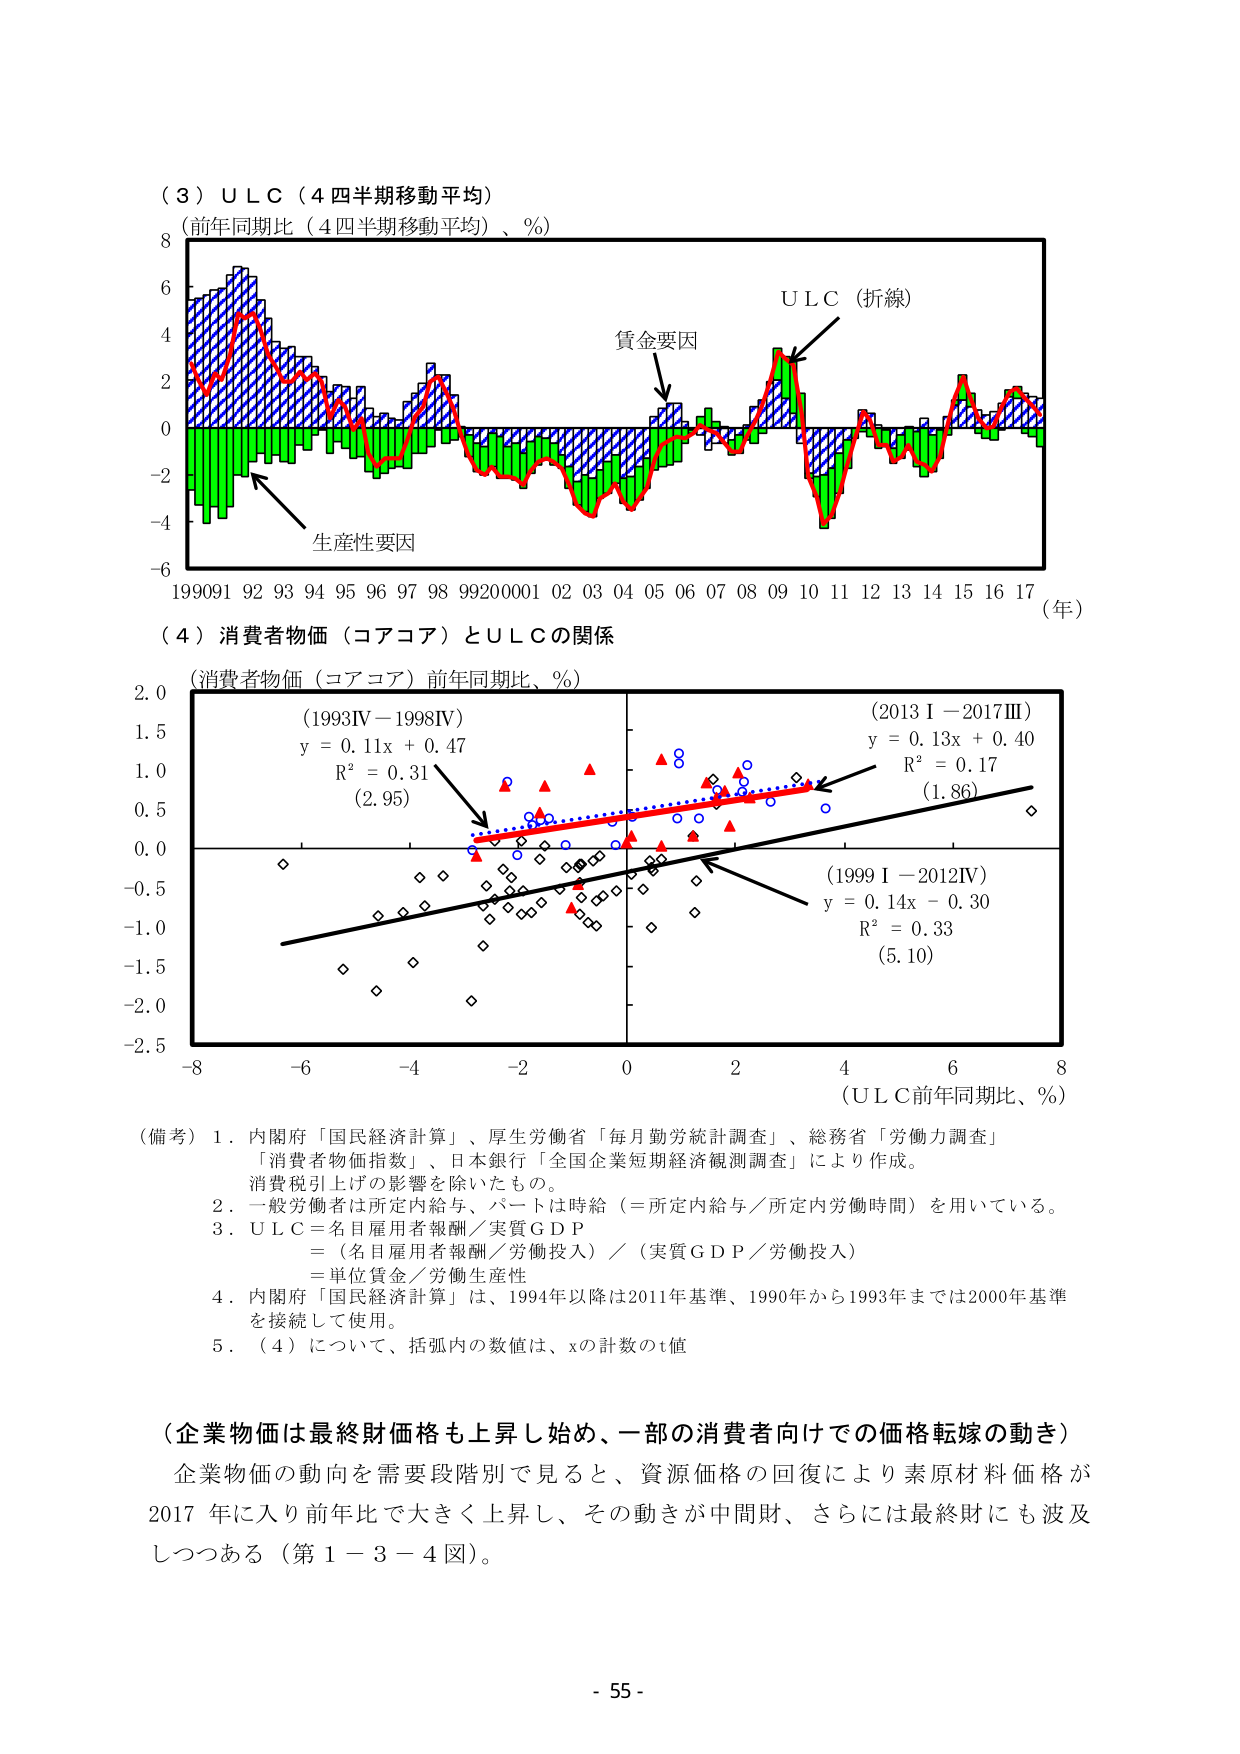
（３）ＵＬＣ（４四半期移動平均）
（前年同期比（４四半期移動平均）、％）

ＵＬＣ（折線）
賃金要因
生産性要因

1990 91 92 93 94 95 96 97 98 99 2000 01 02 03 04 05 06 07 08 09 10 11 12 13 14 15 16 17 （年）

（４）消費者物価（コアコア）とＵＬＣの関係
（消費者物価（コアコア）前年同期比、％）

（1993IV－1998IV）
y = 0.11x + 0.47
R² = 0.31
（2.95）

（1999 I－2012IV）
y = 0.14x - 0.30
R² = 0.33
（5.10）

（2013 I－2017III）
y = 0.13x + 0.40
R² = 0.17
（1.86）

（ＵＬＣ前年同期比、％）

（備考）１．内閣府「国民経済計算」、厚生労働省「毎月勤労統計調査」、総務省「労働力調査」
「消費者物価指数」、日本銀行「全国企業短期経済観測調査」により作成。
消費税引上げの影響を除いたもの。
２．一般労働者は所定内給与、パートは時給（＝所定内給与／所定内労働時間）を用いている。
３．ＵＬＣ＝名目雇用者報酬／実質ＧＤＰ
＝（名目雇用者報酬／労働投入）／（実質ＧＤＰ／労働投入）
＝単位賃金／労働生産性
４．内閣府「国民経済計算」は、1994年以降は2011年基準、1990年から1993年までは2000年基準
を接続して使用。
５．（４）について、括弧内の数値は、xの計数のｔ値

（企業物価は最終財価格も上昇し始め、一部の消費者向けでの価格転嫁の動き）
企業物価の動向を需要段階別で見ると、資源価格の回復により素原材料価格が
2017年に入り前年比で大きく上昇し、その動きが中間財、さらには最終財にも波及
しつつある（第１－３－４図）。

- 55 -